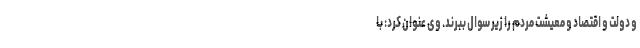
و دولت و اقتصاد و معیشت مردم را زیر سوال ببرند. وی عنوان کرد: با